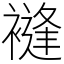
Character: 䙜